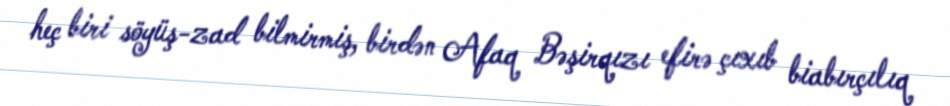
heç biri söyüş-zad bilmirmiş, birdən Afaq Bəşirqızı efirə çıxıb biabırçılıq